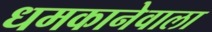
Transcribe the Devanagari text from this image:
धमकानेवाला